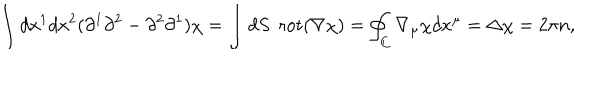
\int d x ^ { 1 } d x ^ { 2 } ( \partial ^ { 1 } \partial ^ { 2 } - \partial ^ { 2 } \partial ^ { 1 } ) \chi = \int d S \enspace \mathrm { r o t } ( \nabla \chi ) = \oint _ { C } \nabla _ { \mu } \chi d x ^ { \mu } = \Delta \chi = 2 \pi n ,